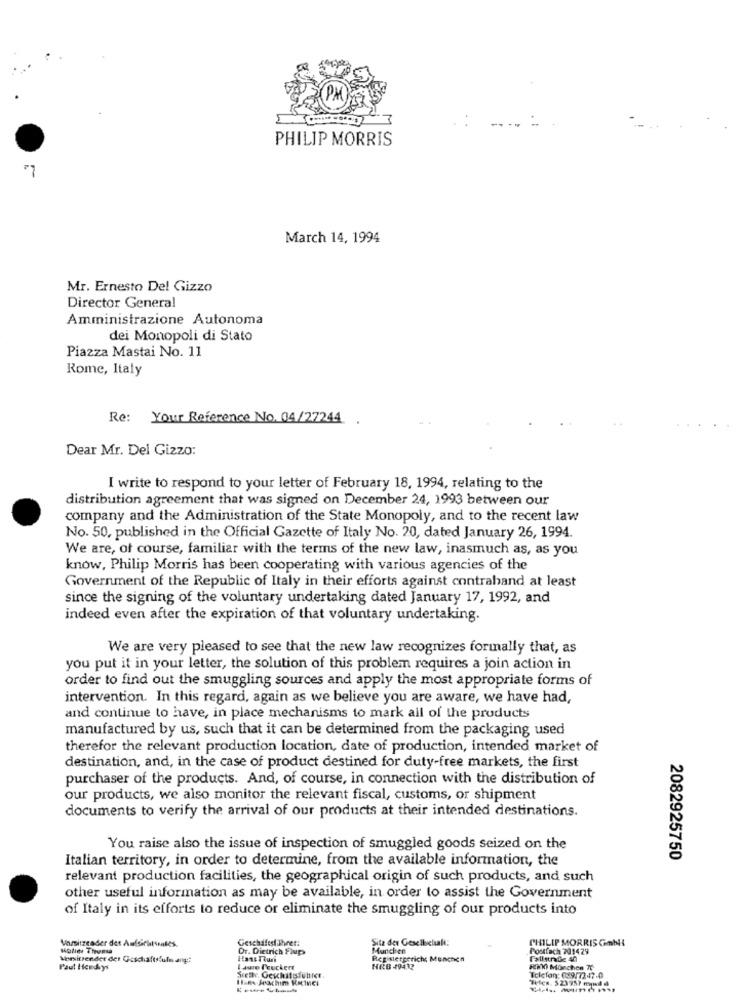
PHILIP MORRIS
March 14, 1994
Mr. Ernesto Del Gizzo
Director General
Amministrazione Autonoma
dei Monopoli di Stato
Piazza Mastai No. 11
Rome, Italy
Re: Your Reference No. 04/27244 .
Dear Mr. Del Gizzo:
I write to respond to your letter of February 18, 1994, relating to the
distribution agreement that was signed on December 24, 1993 between our
company and the Administration of the State Monopoly, and to the recent law
No. 50, published in the Official Gazette of Italy No. 20, dated January 26, 1994.
We are, of course, familiar with the terms of the new law, inasmuch as, as you
know, Philip Morris has been cooperating with various agencies of the
Government of the Republic of Italy in their efforts against contraband at least
since the signing of the voluntary undertaking dated January 17, 1992, and
indeed even after the expiration of that voluntary undertaking.
We are very pleased to see that the new law recognizes formally that, as
you put it in your letter, the solution of this problem requires a join action in
order to find out the smuggling sources and apply the most appropriate forms of
intervention. In this regard, again as we believe you are aware, we have had,
and continue to have, in place mechanisms to mark all of the products
manufactured by us, such that it can be determined from the packaging used
therefor the relevant production location, date of production, intended market of
destination, and, in the case of product destined for duty-free markets, the first
purchaser of the products. And, of course, in connection with the distribution of
our products, we also monitor the relevant fiscal, customs, or shipment
documents to verify the arrival of our products at their intended destinations.
You raise also the issue of inspection of smuggled goods seized on the
Italian territory, in order to determine, from the available information, the
2082925750
relevant production facilities, the geographical origin of such products, and such
other useful information as may be available, in order to assist the Government
of Italy in its efforts to reduce or eliminate the smuggling of our products into
Vamitzeader det Aufsichtsmiles.
Geschäftsführer:
Sitz der Geselbelal:
PHILIP MORRIS Gmbil
Dr. Dietrich Fiup
Munchen
Postfach 701429
Vomitrender der Geschaftsfulm ang !!
Hans Iiun
Registergericht Munchen
Paul Hendays
I aure Peuckert
HRB 49432
Rino Monchen TO
II.RA Joachim KRINGi
Jelen. 523757 mynd d
Telefon: 039/7247-0